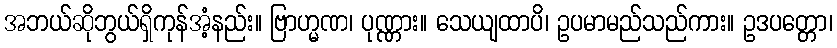
အဘယ်ဆိုဘွယ်ရှိကုန်အံ့နည်း။ ဗြာဟ္မဏ၊ ပုဏ္ဏား။ သေယျထာပိ၊ ဥပမာမည်သည်ကား။ ဥဒပတ္တော၊